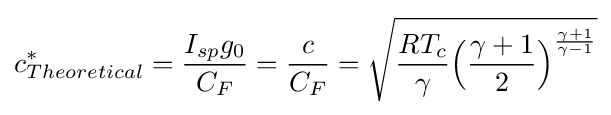
c_{Theoretical}^{*}={\frac {I_{sp}g_{0}}{C_{F}}}={\frac {c}{C_{F}}}={\sqrt {{\frac {RT_{c}}{\gamma }}{\Bigl (}{\frac {\gamma +1}{2}}{\Bigr )}^{\frac {\gamma +1}{\gamma -1}}}}